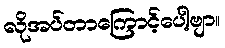
လိုအပ်တာကြောင့်ပေါ့ဗျာ။